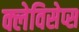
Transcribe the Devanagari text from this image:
क्लेविसेप्स